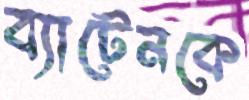
ব্যাটেনকে